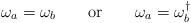
LaTeX: \begin{align*}\omega_a = \omega_b\qquad\mbox{or}\qquad\omega_a = \omega_b^\dagger\end{align*}